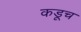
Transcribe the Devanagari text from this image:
कडूच